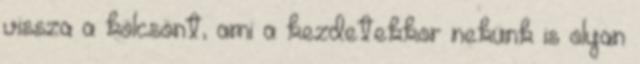
vissza a kölcsönt, ami a kezdetekkor nekünk is olyan